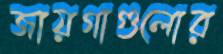
জায়গাগুলোর